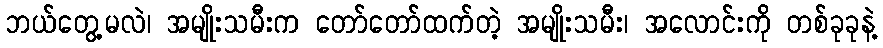
ဘယ်တွေ့မလဲ၊ အမျိုးသမီးက တော်တော်ထက်တဲ့ အမျိုးသမီး၊ အလောင်းကို တစ်ခုခုနဲ့